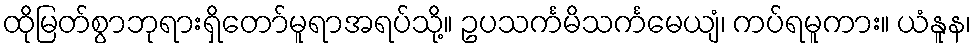
ထိုမြတ်စွာဘုရားရှိတော်မူရာအရပ်သို့။ ဥပသင်္ကမိသင်္ကမေယျံ၊ ကပ်ရမူကား။ ယံနူန၊